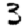
Digit: 3